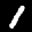
Label: 1